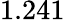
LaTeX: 1.241